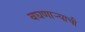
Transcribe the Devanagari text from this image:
बघणार्‍याची